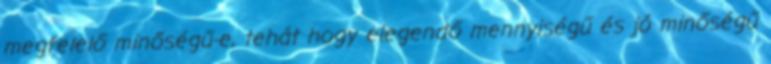
megfelelő minőségű-e, tehát hogy elegendő mennyiségű és jó minőségű